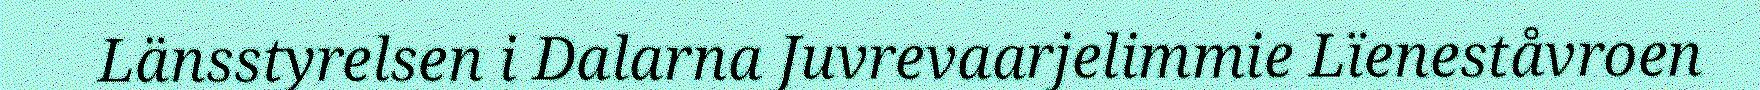
Länsstyrelsen i Dalarna Juvrevaarjelimmie Lïeneståvroen